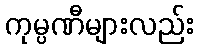
ကုမ္ပဏီများလည်း